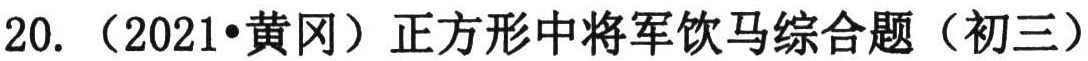
20. （2021•黄冈）正方形中将军饮马综合题（初三）